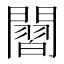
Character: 𮤡